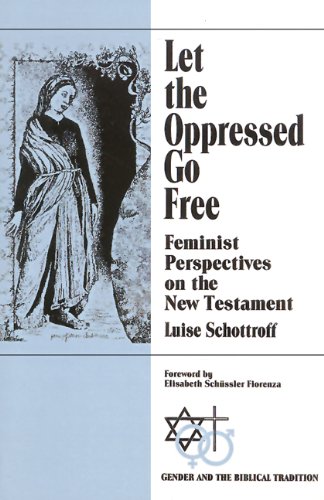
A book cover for Let the Oppressed Go Free: Feminist Perspectives on the New Testament (Gender and the Biblical Tradition); Luise Schottroff; Christian Books & Bibles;